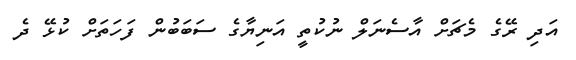
އަދި ރޭގެ މެޗަށް އާސެނަލް ނުކުތީ އަނިޔާގެ ސަބަބުން ފަހަތަށް ކުޅޭ ދެ